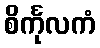
စိင်္ကုလကံ